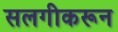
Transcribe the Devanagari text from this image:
सलगीकरून